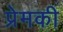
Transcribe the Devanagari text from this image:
प्रेमकी